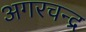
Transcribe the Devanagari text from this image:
अगरचन्द्र